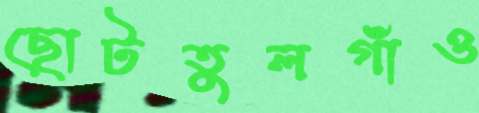
ছোটতুলগাঁও